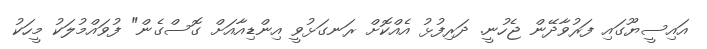
އައިސީޔޫގައި ފަރުވާދޭން ޖެހުނީ. ދަރިފުޅު އެއްކޮށް ރަނގަޅުވީ އިންޑިއާއަށް ގޮސްގެން" ފުވައްމުލަކު މީހަކު